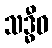
သဒ္ဓီဓ